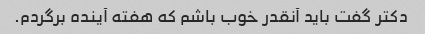
دکتر گفت باید آنقدر خوب باشم که هفته آینده برگردم.